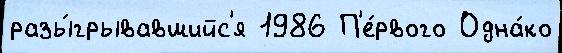
разы́грывавшийс'я 1986 П'е́рвого Одна́ко